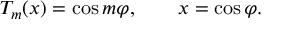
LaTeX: T _ { m } ( x ) = \cos m \varphi , \qquad x = \cos \varphi .